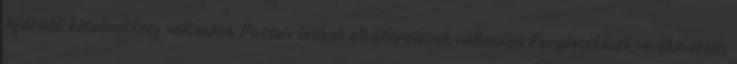
lejáratú kötelezettség változása Passzív időbeli elhatárolások változása Forgóeszközök vevőkövetelés